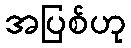
အပြစ်ဟု